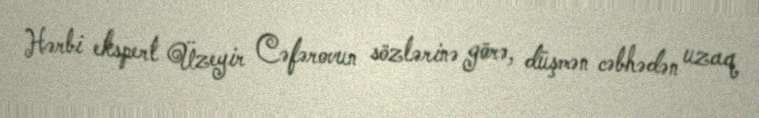
Hərbi ekspert Üzeyir Cəfərovun sözlərinə görə, düşmən cəbhədən uzaq